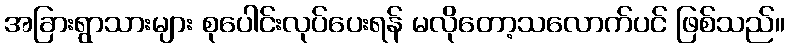
အခြားရွာသားများ စုပေါင်းလုပ်ပေးရန် မလိုတော့သလောက်ပင် ဖြစ်သည်။